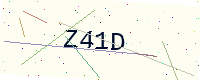
Text: Z41D